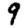
Digit: 9